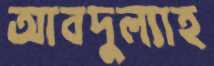
আবদুল্যাহ